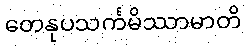
တေနုပသင်္ကမိဿာမာတိ